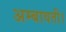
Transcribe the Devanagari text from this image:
अम्बावती।